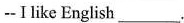
--I like English___.